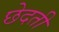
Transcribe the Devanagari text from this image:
छेदती